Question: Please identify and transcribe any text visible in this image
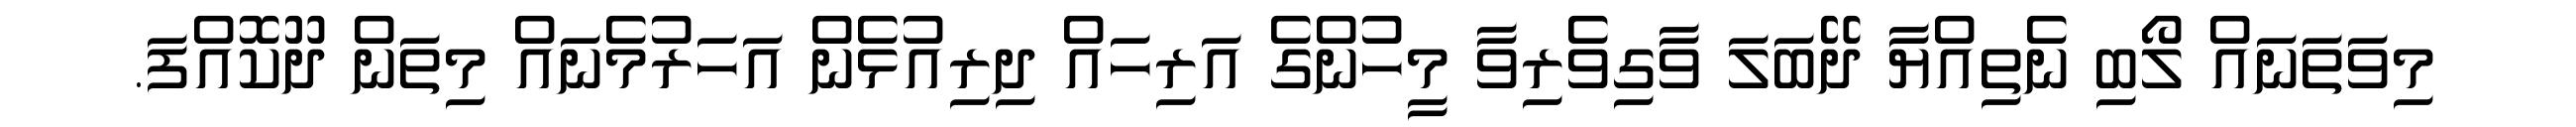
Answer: މިވަތަނައް ލޯބި ނެތިއްޔާ ދޭބަލަ ވާގިވެރިވާ މީހުންގެ އަރިހައް ދިރިއުޅެން އަހަރުމެނައް މިތަން ދޫކޮއްފަ.